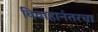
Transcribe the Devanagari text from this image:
विवाहानंतरचा